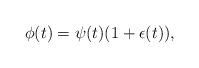
LaTeX: \begin{align*}\phi(t) = \psi(t) (1+\epsilon(t)),\end{align*}